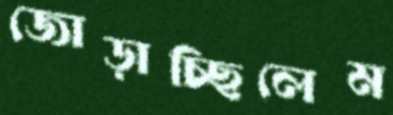
জোড়াচ্ছিলেম